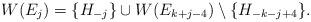
LaTeX: \begin{align*}W(E_{j}) = \{H_{-j}\} \cup W(E_{k+j-4}) \setminus \{H_{-k-j+4}\}.\end{align*}